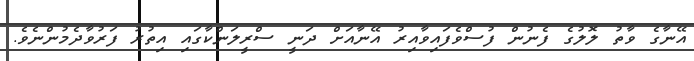
އޭނާގެ ވާތު ލޮލުގެ ފެނުން ފުސްވެފައިވާއިރު އޭނާއަށް ދަނީ ސްރީލަންކާގައި އިތުރު ފަރުވާދެމުންނެވެ.